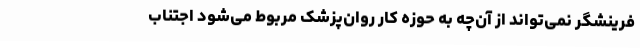
فرینشگر نمی‌تواند از آن‌چه به حوزه‌ کار روان‌پزشک مربوط می‌شود اجتناب